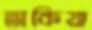
তাকিয়া